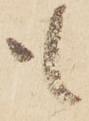
も